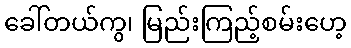
ခေါ်တယ်ကွ၊ မြည်းကြည့်စမ်းဟေ့